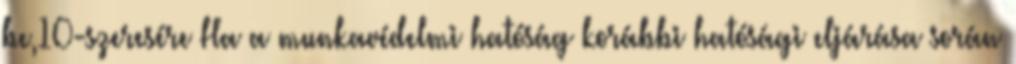
be,10-szeresére Ha a munkavédelmi hatóság korábbi hatósági eljárása során